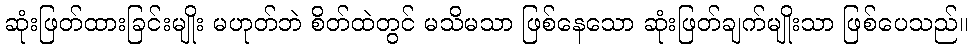
ဆုံးဖြတ်ထားခြင်းမျိုး မဟုတ်ဘဲ စိတ်ထဲတွင် မသိမသာ ဖြစ်နေသော ဆုံးဖြတ်ချက်မျိုးသာ ဖြစ်ပေသည်။